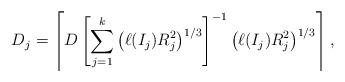
LaTeX: \begin{align*}D_j=\left\lceil D\left[\sum_{j=1}^k\left(\ell(I_j)R_j^2\right)^{1/3}\right]^{-1}\left(\ell(I_j)R_j^2\right)^{1/3}\right\rceil,\end{align*}